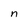
Character: n